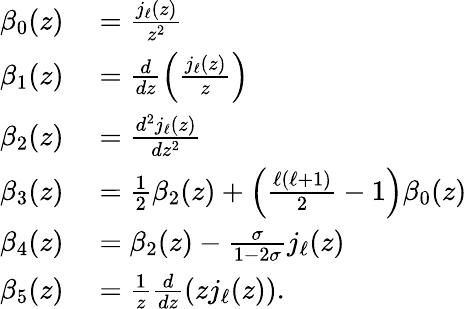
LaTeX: \begin{array}{rl}{\beta_{0}(z)}&{{}=\frac{j_{\ell}(z)}{z^{2}}}\\ {\beta_{1}(z)}&{{}=\frac{d}{dz}\left(\frac{j_{\ell}(z)}{z}\right)}\\ {\beta_{2}(z)}&{{}=\frac{d^{2}j_{\ell}(z)}{dz^{2}}}\\ {\beta_{3}(z)}&{{}=\frac{1}{2}\beta_{2}(z)+\left(\frac{\ell(\ell+1)}{2}-1\right)\beta_{0}(z)}\\ {\beta_{4}(z)}&{{}=\beta_{2}(z)-\frac{\sigma}{1-2\sigma}j_{\ell}(z)}\\ {\beta_{5}(z)}&{{}=\frac 1z\frac{d}{dz}(zj_{\ell}(z)).}\end{array}